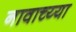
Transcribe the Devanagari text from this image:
नावाच्य्या